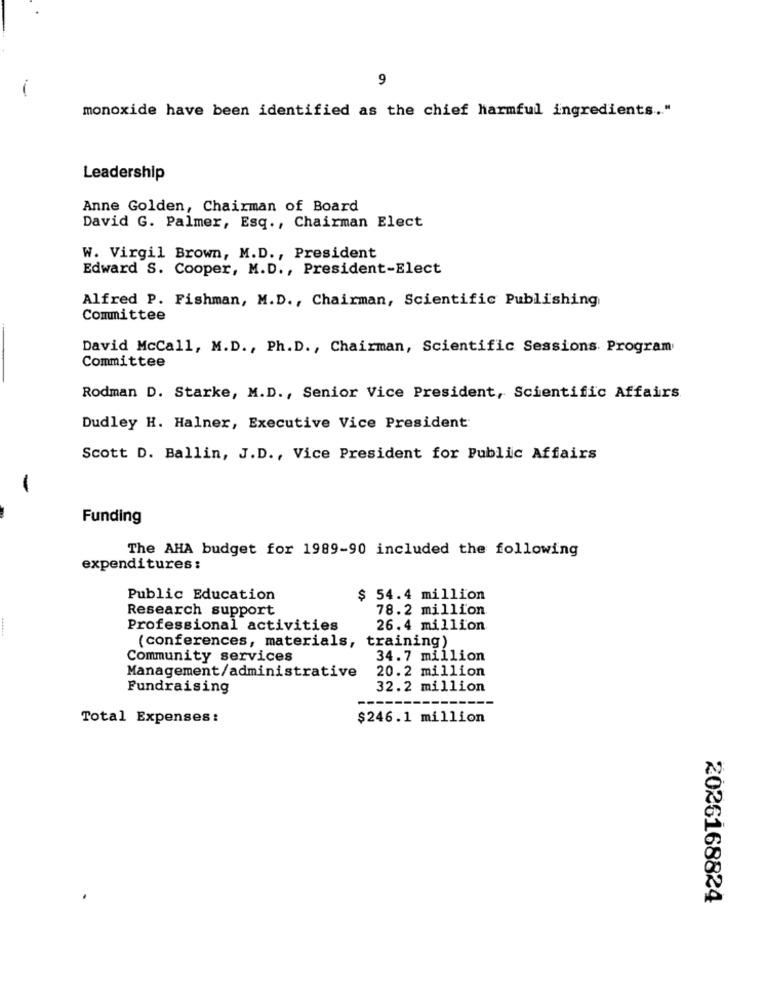
9
-
monoxide have been identified as the chief harmful ingredients ... "
Leadership
Anne Golden, Chairman of Board
David G. Palmer, Esq ., Chairman Elect
W. Virgil Brown, M.D ., President
Edward S. Cooper, M.D ., President-Elect
Alfred P. Fishman, M.D ., Chairman, Scientific Publishing
Committee
David McCall, M.D ., Ph.D ., Chairman, Scientific Sessions. Program
Committee
Rodman D. Starke, M.D ., Senior Vice President, Scientific Affairs
Dudley H. Halner, Executive Vice President
Scott D. Ballin, J.D ., Vice President for Public Affairs
Funding
The AHA budget for 1989-90 included the following
expenditures:
Public Education
$ 54.4 million
Research support
78.2 million
Professional activities
26.4 million
training)
(conferences, materials,
Community services
34.7 million
Management/administrative
20.2 million
Fundraising
32.2 million
Total Expenses:
$246.1 million
2026168824